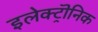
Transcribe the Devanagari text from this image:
इलेक्ट्रॊनिक